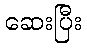
ဆေးပြီး